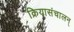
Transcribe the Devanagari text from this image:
क्रियासंचालन्